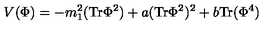
V ( \Phi ) = - m _ { 1 } ^ { 2 } ( \mathrm { T r } \Phi ^ { 2 } ) + a ( \mathrm { T r } \Phi ^ { 2 } ) ^ { 2 } + b \mathrm { T r } ( \Phi ^ { 4 } ) \